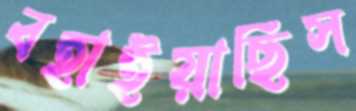
বহাইয়াছিস